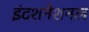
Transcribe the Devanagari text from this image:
इंटशनेशनल